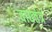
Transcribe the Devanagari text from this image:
वाद्यतंत्र